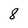
Character: 8